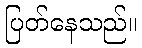
ပြတ်နေသည်။